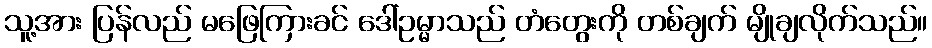
သူ့အား ပြန်လည် မဖြေကြားခင် ဒေါ်ဥမ္မာသည် တံတွေးကို တစ်ချက် မျိုချလိုက်သည်။